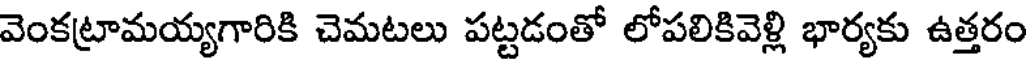
వెంకట్రామయ్యగారికి చెమటలు పట్టడంతో లోపలికివెళ్లి భార్యకు ఉత్తరం